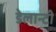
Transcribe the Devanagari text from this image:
डेलान्टी